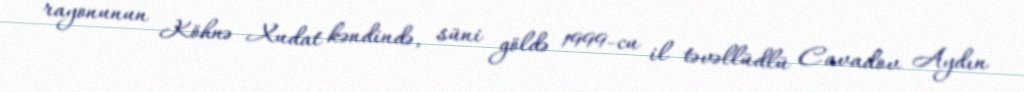
rayonunun Köhnə Xudat kəndində, süni göldə 1999-cu il təvəllüdlü Cavadov Aydın